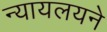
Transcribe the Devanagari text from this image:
न्यायलयने